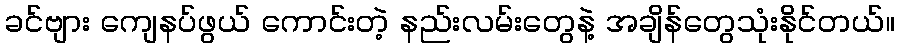
ခင်ဗျား ကျေနပ်ဖွယ် ကောင်းတဲ့ နည်းလမ်းတွေနဲ့ အချိန်တွေသုံးနိုင်တယ်။